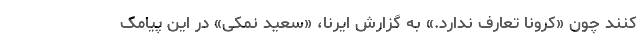
کنند چون «کرونا تعارف ندارد.» به گزارش ایرنا، «سعید نمکی» در این پیامک